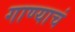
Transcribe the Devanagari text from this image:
गाण्याचं